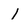
Character: 1